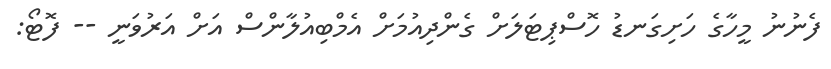
ފެނުނު މީހާގެ ހަށިގަނޑު ހޮސްޕިޓަލަށް ގެންދިއުމަށް އެމްބިއުލާންސް އަށް އަރުވަނީ -- ފޮޓޯ: